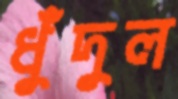
ধুঁদুল